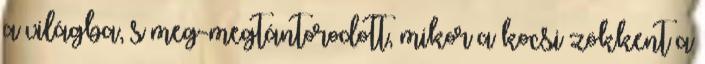
a világba, s meg-megtántorodott, mikor a kocsi zökkent a